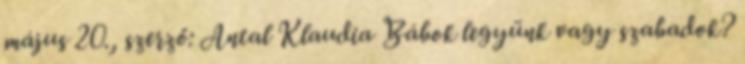
május 20., szerző: Antal Klaudia Bábok legyünk vagy szabadok?